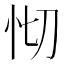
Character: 𢗠